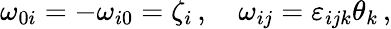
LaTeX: \omega_{0i}=-\omega_{i0}=\zeta_{i}\, ,\quad\omega_{ij}=\varepsilon_{ijk}\theta_{k}\, ,